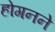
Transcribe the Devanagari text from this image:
होगनने